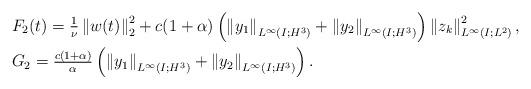
LaTeX: \begin{align*}&F_2(t)= \tfrac{1}{\nu}\left\| w(t)\right\|_2^2+c(1+\alpha)\left(\left\|y_1\right\|_{L^\infty(I;H^3)}+\left\|y_2\right\|_{L^\infty(I;H^3)}\right)\left\|z_k\right\|^2_{L^\infty(I;L^2)},\\&G_2=\tfrac{c(1+\alpha)}{\alpha}\left(\left\|y_1\right\|_{L^\infty(I;H^3)}+\left\|y_2\right\|_{L^\infty(I;H^3)}\right).\end{align*}